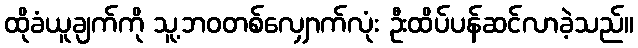
ထိုခံယူချက်ကို သူ့ဘဝတစ်လျှောက်လုံး ဦးထိပ်ပန်ဆင်လာခဲ့သည်။